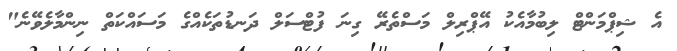
އެ ޝިޕްމަންޓް ލިބުމާއެކު އޭޕްރިލް މަސްތެރޭ ގިނަ ފުޓްސަލް ދަނޑުތަކެއްގެ މަސައްކަތް ނިންމާލެވޭނެ"